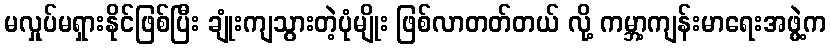
မလှုပ်မရှားနိုင်ဖြစ်ပြီး ချုံးကျသွားတဲ့ပုံမျိုး ဖြစ်လာတတ်တယ် လို့ ကမ္ဘာ့ကျန်းမာရေးအဖွဲ့က